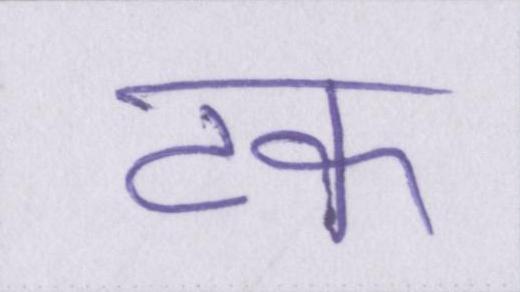
टक